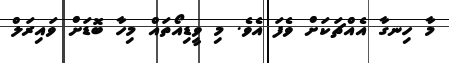
މާ ހިނގާ އެއްޗަކަށް ވެފަ އެވެ. މި ވީޑިއޯތައް މިހާ ބޮޑަށް ވައިރަލް